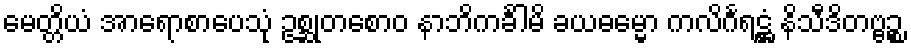
မေတ္တိယံ အာရောစာပေသုံ ဥစ္ဆုတစောဝ နာဘိကင်္ခါမိ ခယဓမ္မော ကလိင်္ဂရဋ္ဌံ နိသီဒိတဗ္ဗဉ္စ